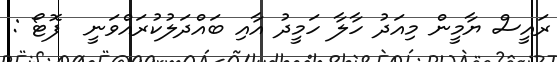
ރައީސް ޔާމީން މިއަދު ހާލާ ހަމީދު އާއި ބައްދަލުކުރައްވަނީ  ފޮޓޯ :